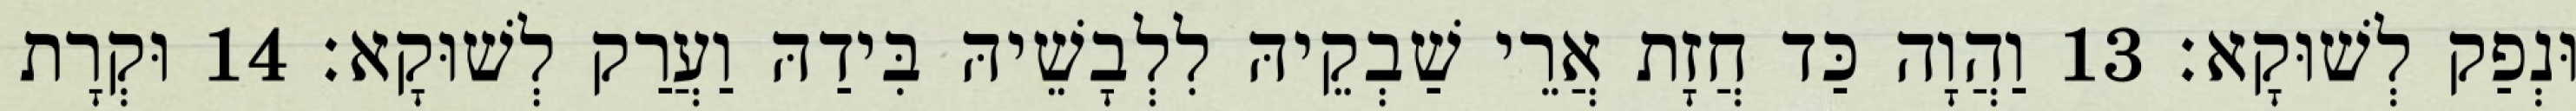
וּנְפַק לְשׁוּקָא׃ 13 וַהֲוָה כַּד חֲזָת אֲרֵי שַׁבְקֵיהּ לִלְבָשֵׁיהּ בִּידַהּ וַעֲרַק לְשׁוּקָא׃ 14 וּקְרָת